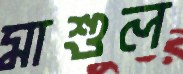
মাশুল